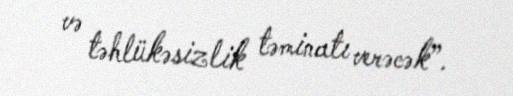
və təhlükəsizlik təminatı verəcək”.